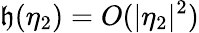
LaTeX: \mathfrak{h}(\eta_{2})=O(|\eta_{2}|^{2})